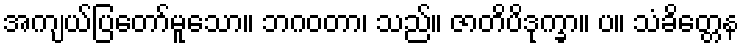
အကျယ်ပြတော်မူသော။ ဘဂဝတာ၊ သည်။ ဇာတိပိဒုက္ခာ။ ပ။ သံခိတ္တေန